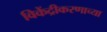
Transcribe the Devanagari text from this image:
विकेंद्रीकरणाच्या